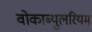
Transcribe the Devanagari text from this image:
वोकाब्युलरियम्